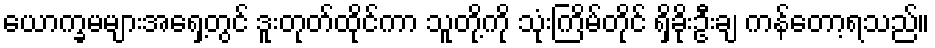
ယောက္ခမများအရှေ့တွင် ဒူးတုတ်ထိုင်ကာ သူတို့ကို သုံးကြိမ်တိုင် ရှိခိုးဦးချ ကန်တော့ရသည်။